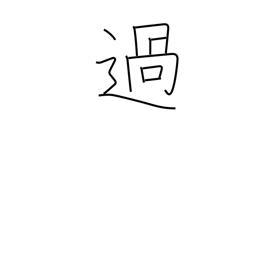
Meaning: exceed